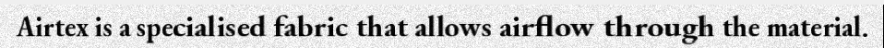
Airtex is a specialised fabric that allows airflow through the material.